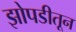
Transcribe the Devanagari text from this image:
झोपडीतून